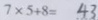
7 \times 5 + 8 = 4 3